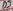
Text: D9